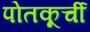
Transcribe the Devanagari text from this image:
पोतकूर्ची